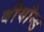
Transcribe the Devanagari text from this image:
बीयौन्ड